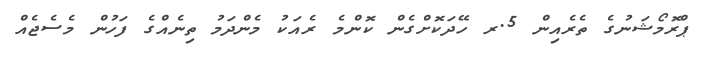
ޕްރޮމޯޝަނުގެ ތެރެއިން 5.ރ ހޭދަކޮށްގެން ކޮންމެ ރެއަކު މެންދަމު ތިނެއްގެ ފަހުން މެސެޖެއް